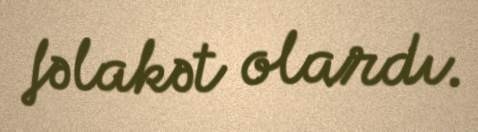
fəlakət olardı.